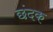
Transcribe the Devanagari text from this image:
छंदक